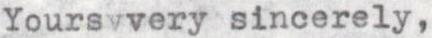
Yoursvvery sincerely,